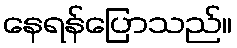
နေရန်ပြောသည်။